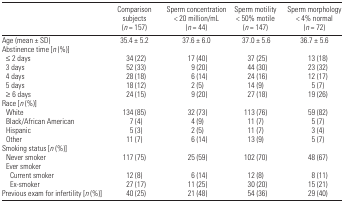
|  | Comparison subjects (n = 157) | Sperm concentration < 20 million/mL (n = 44) | Sperm motility < 50% motile (n = 147) | Sperm morphology < 4% normal (n = 72) |
 | --- | --- | --- | --- | --- |
 | Age (mean ± SD) | 35.4 ± 5.2 | 37.6 ± 6.0 | 37.0 ± 5.6 | 36.7 ± 5.6 |
 | <COLSPAN=5> Abstinence time [n (%)] |
 | ≤ 2 days | 34 (22) | 17 (40) | 37 (25) | 13 (18) |
 | 3 days | 52 (33) | 9 (20) | 44 (30) | 23 (32) |
 | 4 days | 28 (18) | 6 (14) | 24 (16) | 12 (17) |
 | 5 days | 18 (12) | 2 (5) | 14 (9) | 5 (7) |
 | ≥ 6 days | 24 (15) | 9 (20) | 27 (18) | 19 (26) |
 | <COLSPAN=5> Race [n (%)] |
 | White | 134 (85) | 32 (73) | 113 (76) | 59 (82) |
 | Black/African American | 7 (4) | 4 (9) | 11 (7) | 5 (7) |
 | Hispanic | 5 (3) | 2 (5) | 11 (7) | 3 (4) |
 | Other | 11 (7) | 6 (14) | 13 (9) | 5 (7) |
 | <COLSPAN=5> Smoking status [n (%)] |
 | Never smoker | 117 (75) | 25 (59) | 102 (70) | 48 (67) |
 | <COLSPAN=5> Ever smoker |
 | Current smoker | 12 (8) | 6 (14) | 12 (8) | 8 (11) |
 | Ex-smoker | 27 (17) | 11 (25) | 30 (20) | 15 (21) |
 | Previous exam for infertility [n (%)] | 40 (25) | 21 (48) | 54 (36) | 29 (40) |